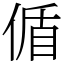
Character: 偱